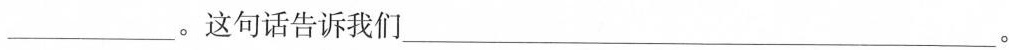
___。这句话告诉我们___。